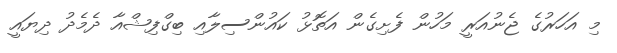
މި އަހަރުގެ ޖެނުއަރީ މަހުން ފެށިގެން އަތޮޅު ކައުންސިލާއި ބިގްފިޝްއާ ދެމެދު ދިޔައީ